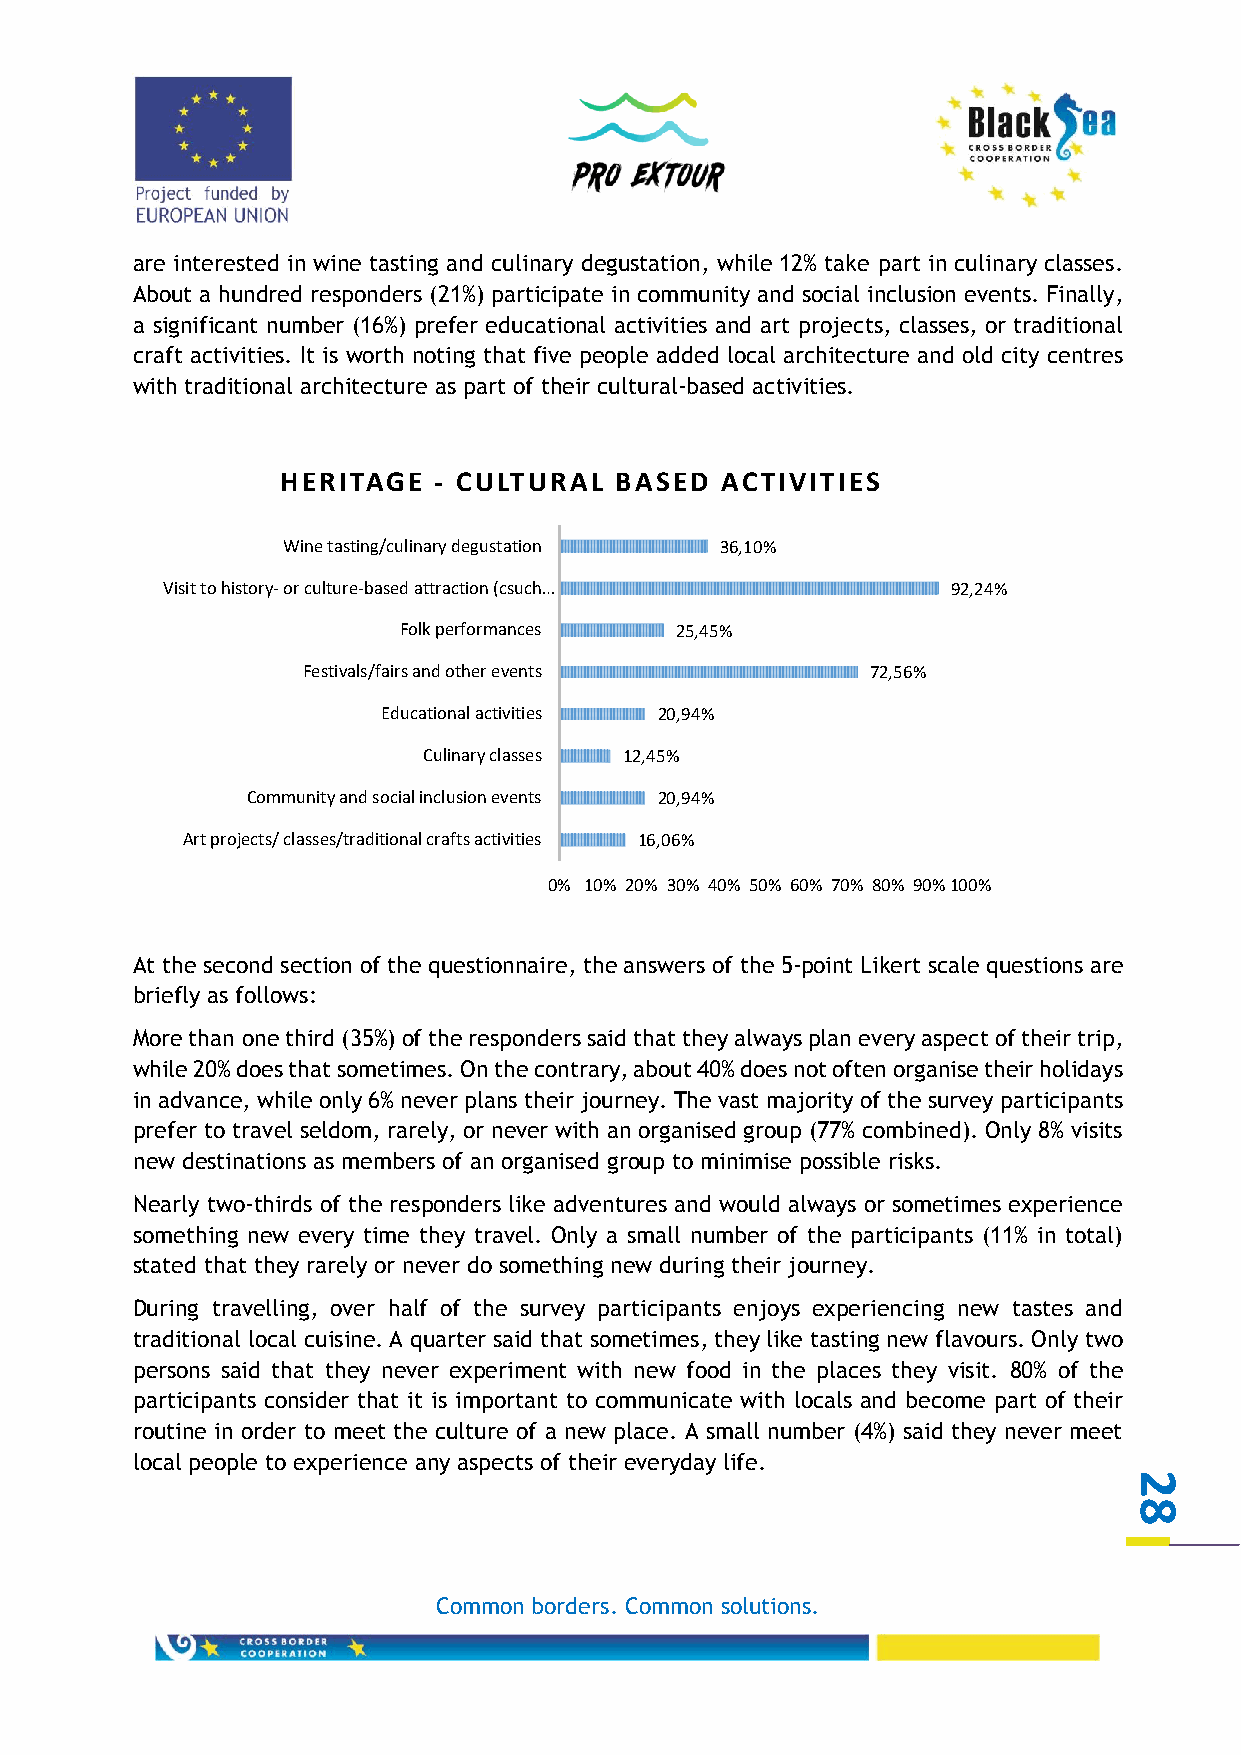
are interested in wine tasting and culinary degustation, while 12% take part in culinary classes.
 About a hundred responders (21%) participate in community and social inclusion events. Finally,
 a significant number (16%) prefer educational activities and art projects, classes, or traditional
 craft activities. It is worth noting that five people added local architecture and old city centres
 with traditional architecture as part of their cultural-based activities.
 HERITAGE  - CULTURAL  BASED  ACTIVITIES
 Wine tasting/culinary degustation 36,10%
 Visit to history- or culture-based attraction (csuch… 92,24%
 Folk performances  25,45%
 Festivals/fairs and other events      72,56%
 Educational activities 20,94%
 Culinary classes 12,45%
 Community and social inclusion events 20,94%
 Art projects/ classes/traditional crafts activities 16,06%
 0% 10% 20% 30% 40% 50% 60% 70% 80% 90%100%
 At the second section of the questionnaire, the answers of the 5-point Likert scale questions are
 briefly as follows:
 More than one third (35%) of the responders said that they always plan every aspect of their trip,
 while 20% does that sometimes. On the contrary, about 40% does not often organise their holidays
 in advance, while only 6% never plans their journey. The vast majority of the survey participants
 prefer to travel seldom, rarely, or never with an organised group (77% combined). Only 8% visits
 new destinations as members of an organised group to minimise possible risks.
 Nearly two-thirds of the responders like adventures and would always or sometimes experience
 something new every time they travel. Only a small number of the participants (11% in total)
 stated that they rarely or never do something new during their journey.
 During travelling, over half of the survey participants enjoys experiencing new tastes and
 traditional local cuisine. A quarter said that sometimes, they like tasting new flavours. Only two
 persons said that they never experiment with new food in the places they visit. 80% of the
 participants consider that it is important to communicate with locals and become part of their
 routine in order to meet the culture of a new place. A small number (4%) said they never meet
 local people to experience any aspects of their everyday life.
 2
 8
 Common borders. Common solutions.